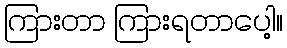
ကြားတာ ကြားရတာပေါ့။